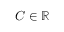
C \in \mathbb { R }